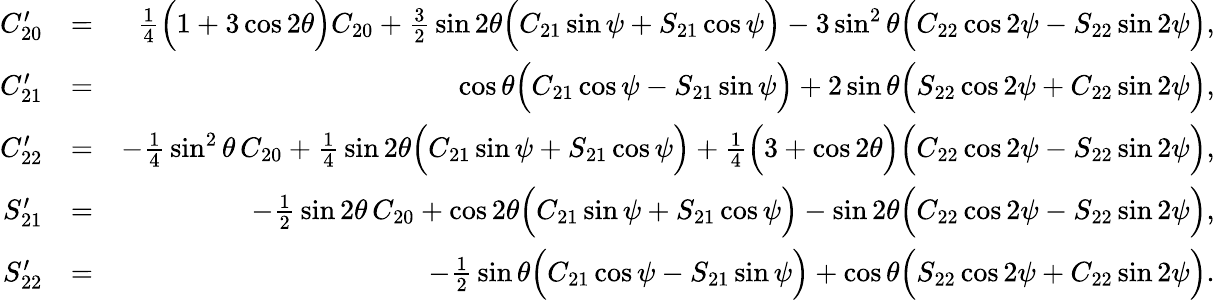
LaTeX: \begin{array}{rlr}{C_{20}^{\prime}}&{=}&{{\textstyle\frac{1}{4}}\Big(1+3\cos 2\theta\Big)C_{20}+{\textstyle\frac{3}{2}}\sin 2\theta\Big(C_{21}\sin\psi+S_{21}\cos\psi\Big)-3\sin^{2}\theta\Big(C_{22}\cos 2\psi-S_{22}\sin 2\psi\Big),}\\ {C_{21}^{\prime}}&{=}&{\cos\theta\Big(C_{21}\cos\psi-S_{21}\sin\psi\Big)+2\sin\theta\Big(S_{22}\cos 2\psi+C_{22}\sin 2\psi\Big),}\\ {C_{22}^{\prime}}&{=}&{-{\textstyle\frac{1}{4}}\sin^{2}\theta\, C_{20}+{\textstyle\frac{1}{4}}\sin 2\theta\Big(C_{21}\sin\psi+S_{21}\cos\psi\Big)+{\textstyle\frac{1}{4}}\Big(3+\cos 2\theta\Big)\Big(C_{22}\cos 2\psi-S_{22}\sin 2\psi\Big),}\\ {S_{21}^{\prime}}&{=}&{-{\textstyle\frac{1}{2}}\sin 2\theta\, C_{20}+\cos 2\theta\Big(C_{21}\sin\psi+S_{21}\cos\psi\Big)-\sin 2\theta\Big(C_{22}\cos 2\psi-S_{22}\sin 2\psi\Big),}\\ {S_{22}^{\prime}}&{=}&{-{\textstyle\frac{1}{2}}\sin\theta\Big(C_{21}\cos\psi-S_{21}\sin\psi\Big)+\cos\theta\Big(S_{22}\cos 2\psi+C_{22}\sin 2\psi\Big).}\end{array}